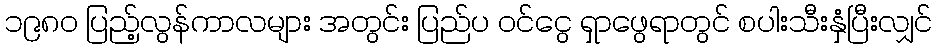
၁၉၈၀ ပြည့်လွန်ကာလများ အတွင်း ပြည်ပ ဝင်ငွေ ရှာဖွေရာတွင် စပါးသီးနှံပြီးလျှင်